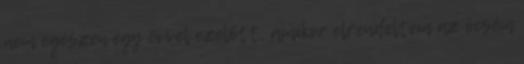
nem egészen egy évvel ezelőtt, amikor elrendeltem az öcsém